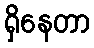
ရှိနေတာ